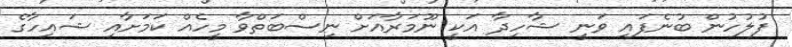
ފުލުހުން ބުނެފައި ވަނީ ޝާހިދާ އަކީ ނޫމަރާއަށް ނިސްބަތްވާ މީހެއް ކަމަށާއި ޝައިހާގެ